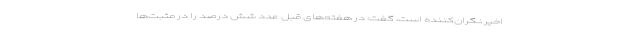
اخیر نگران‌کننده است، گفت: در هفته‌های قبل عدد شش درصد را در مثبت‌ها